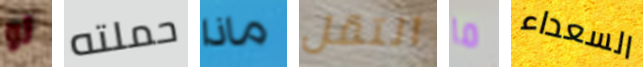
لو حملته ماذا انتقل ما السعداء